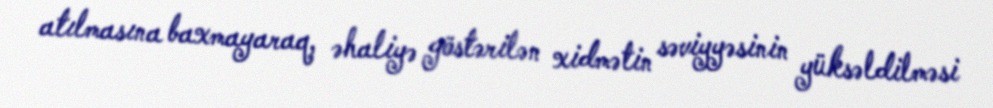
atılmasına baxmayaraq, əhaliyə göstərilən xidmətin səviyyəsinin yüksəldilməsi